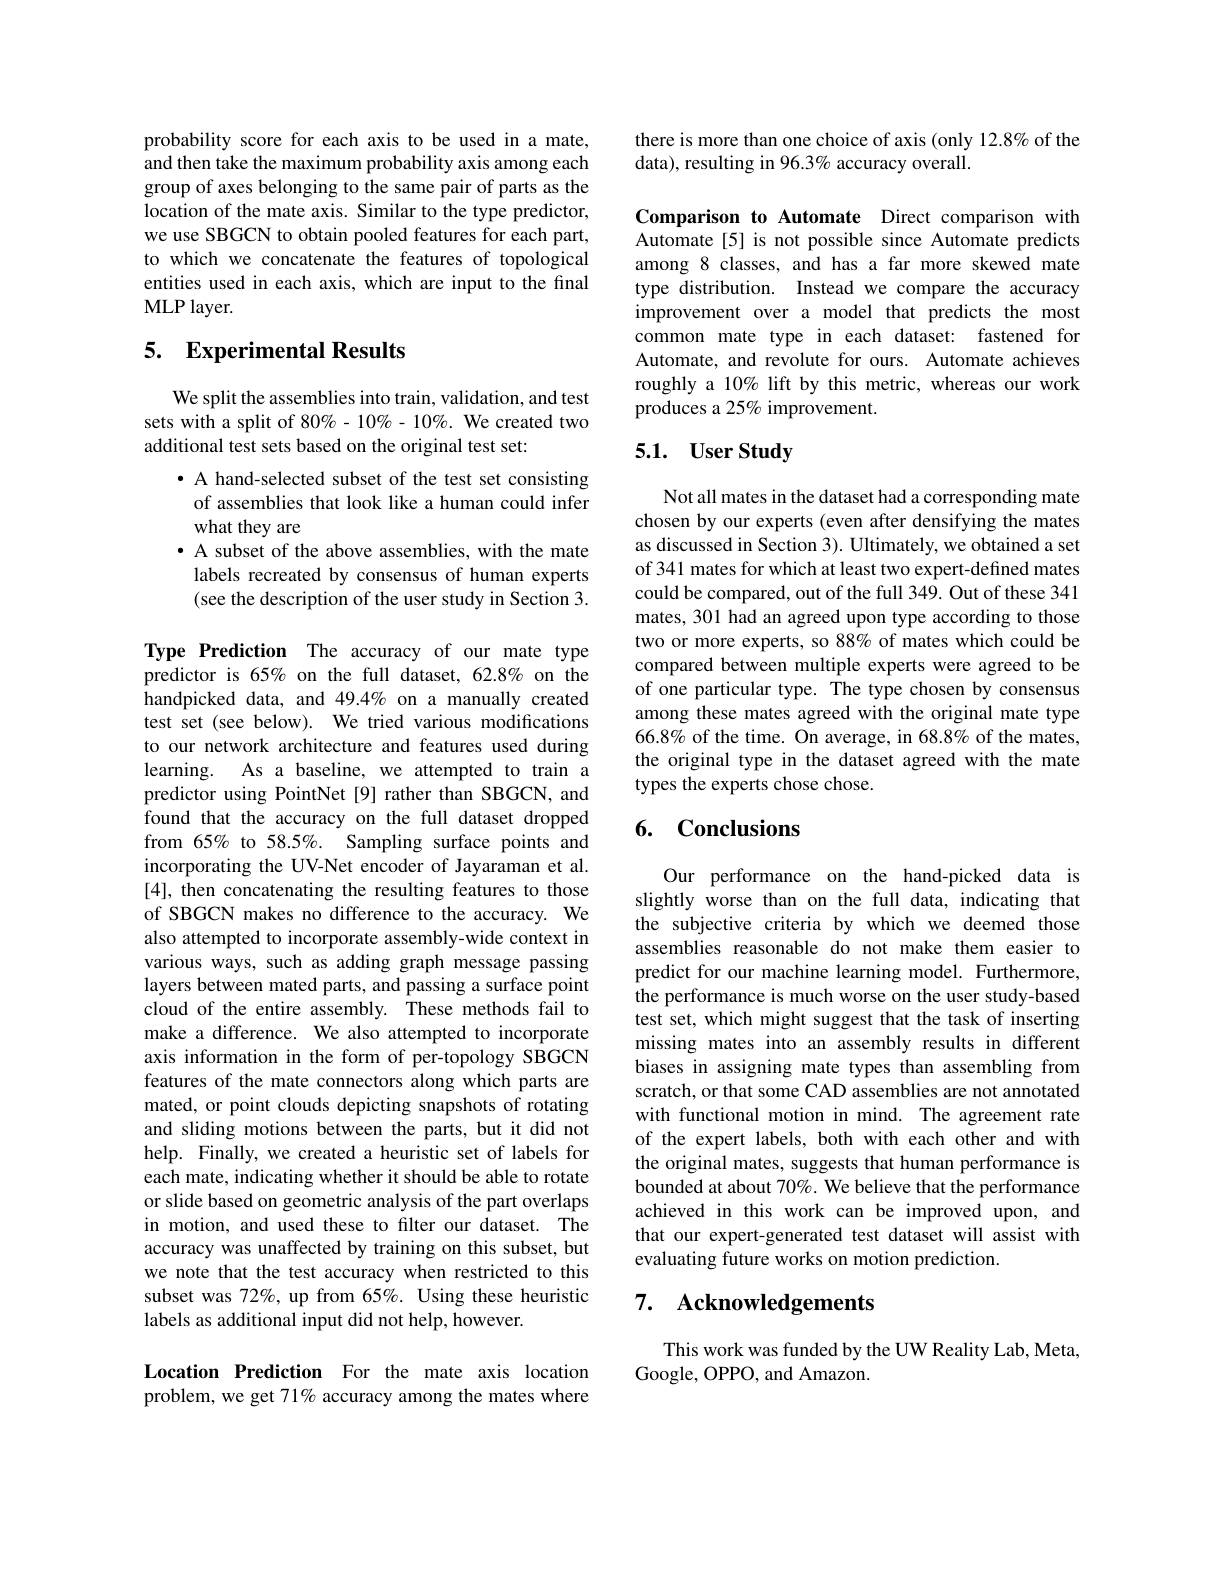
probability score for each axis to be used in a mate, and then take the maximum probability axis among each group of axes belonging to the same pair of parts as the location of the mate axis. Similar to the type predictor, we use SBGCN to obtain pooled features for each part, to which we concatenate the features of topological entities used in each axis, which are input to the final MLP layer.

# 5. Experimental Results

We split the assemblies into train, validation, and test sets with a split of 80% - 10% - 10%. We created two additional test sets based on the original test set:

· A hand-selected subset of the test set consisting of assemblies that look like a human could infer what they are
· A subset of the above assemblies, with the mate labels recreated by consensus of human experts (see the description of the user study in Section 3.
Type Prediction The accuracy of our mate type predictor is 65% on the full dataset, 62.8% on the handpicked data, and 49.4% on a manually created test set (see below). We tried various modifications to our network architecture and features used during learning. As a baseline, we attempted to train a predictor using PointNet [9] rather than SBGCN, and found that the accuracy on the full dataset dropped from 65% to 58.5%. Sampling surface points and incorporating the UV-Net encoder of Jayaraman et al. [4], then concatenating the resulting features to those of SBGCN makes no difference to the accuracy. We also attempted to incorporate assembly-wide context in various ways, such as adding graph message passing layers between mated parts, and passing a surface point cloud of the entire assembly. These methods fail to make a difference. We also attempted to incorporate axis information in the form of per-topology SBGCN features of the mate connectors along which parts are mated, or point clouds depicting snapshots of rotating and sliding motions between the parts, but it did not help. Finally, we created a heuristic set of labels for each mate, indicating whether it should be able to rotate or slide based on geometric analysis of the part overlaps in motion, and used these to filter our dataset. The accuracy was unaffected by training on this subset, but we note that the test accuracy when restricted to this subset was 72%, up from 65%. Using these heuristic labels as additional input did not help, however.

Location Prediction For the mate axis location problem, we get 71% accuracy among the mates where

there is more than one choice of axis (only 12.8% of the
data), resulting in 96.3% accuracy overall.

Comparison to Automate Direct comparison with Automate [5] is not possible since Automate predicts among 8 classes, and has a far more skewed mate type distribution. Instead we compare the accuracy improvement over a model that predicts the most common mate type in each dataset: fastened for Automate, and revolute for ours. Automate achieves roughly a 10% lift by this metric, whereas our work produces a 25% improvement.

## 5.1. User Study

Not all mates in the dataset had a corresponding mate chosen by our experts (even after densifying the mates as discussed in Section 3). Ultimately, we obtained a set of 341 mates for which at least two expert-defined mates could be compared, out of the full 349. Out of these 341 mates, 301 had an agreed upon type according to those two or more experts, so 88% of mates which could be compared between multiple experts were agreed to be of one particular type. The type chosen by consensus among these mates agreed with the original mate type 66.8% of the time. On average, in 68.8% of the mates, the original type in the dataset agreed with the mate types the experts chose chose.

# 6. Conclusions

Our performance on the hand-picked data is slightly worse than on the full data, indicating that the subjective criteria by which we deemed those assemblies reasonable do not make them easier to predict for our machine learning model. Furthermore, the performance is much worse on the user study-based test set, which might suggest that the task of inserting missing mates into an assembly results in different biases in assigning mate types than assembling from scratch, or that some CAD assemblies are not annotated with functional motion in mind. The agreement rate of the expert labels, both with each other and with the original mates, suggests that human performance is bounded at about 70%. We believe that the performance achieved in this work can be improved upon, and that our expert-generated test dataset will assist with evaluating future works on motion prediction.

## 7. Acknowledgements

This work was funded by the UW Reality Lab, Meta,
Google, OPPO, and Amazon.